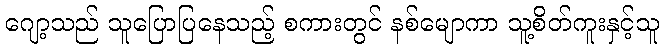
ဂျော့သည် သူပြောပြနေသည့် စကားတွင် နစ်မျောကာ သူ့စိတ်ကူးနှင့်သူ